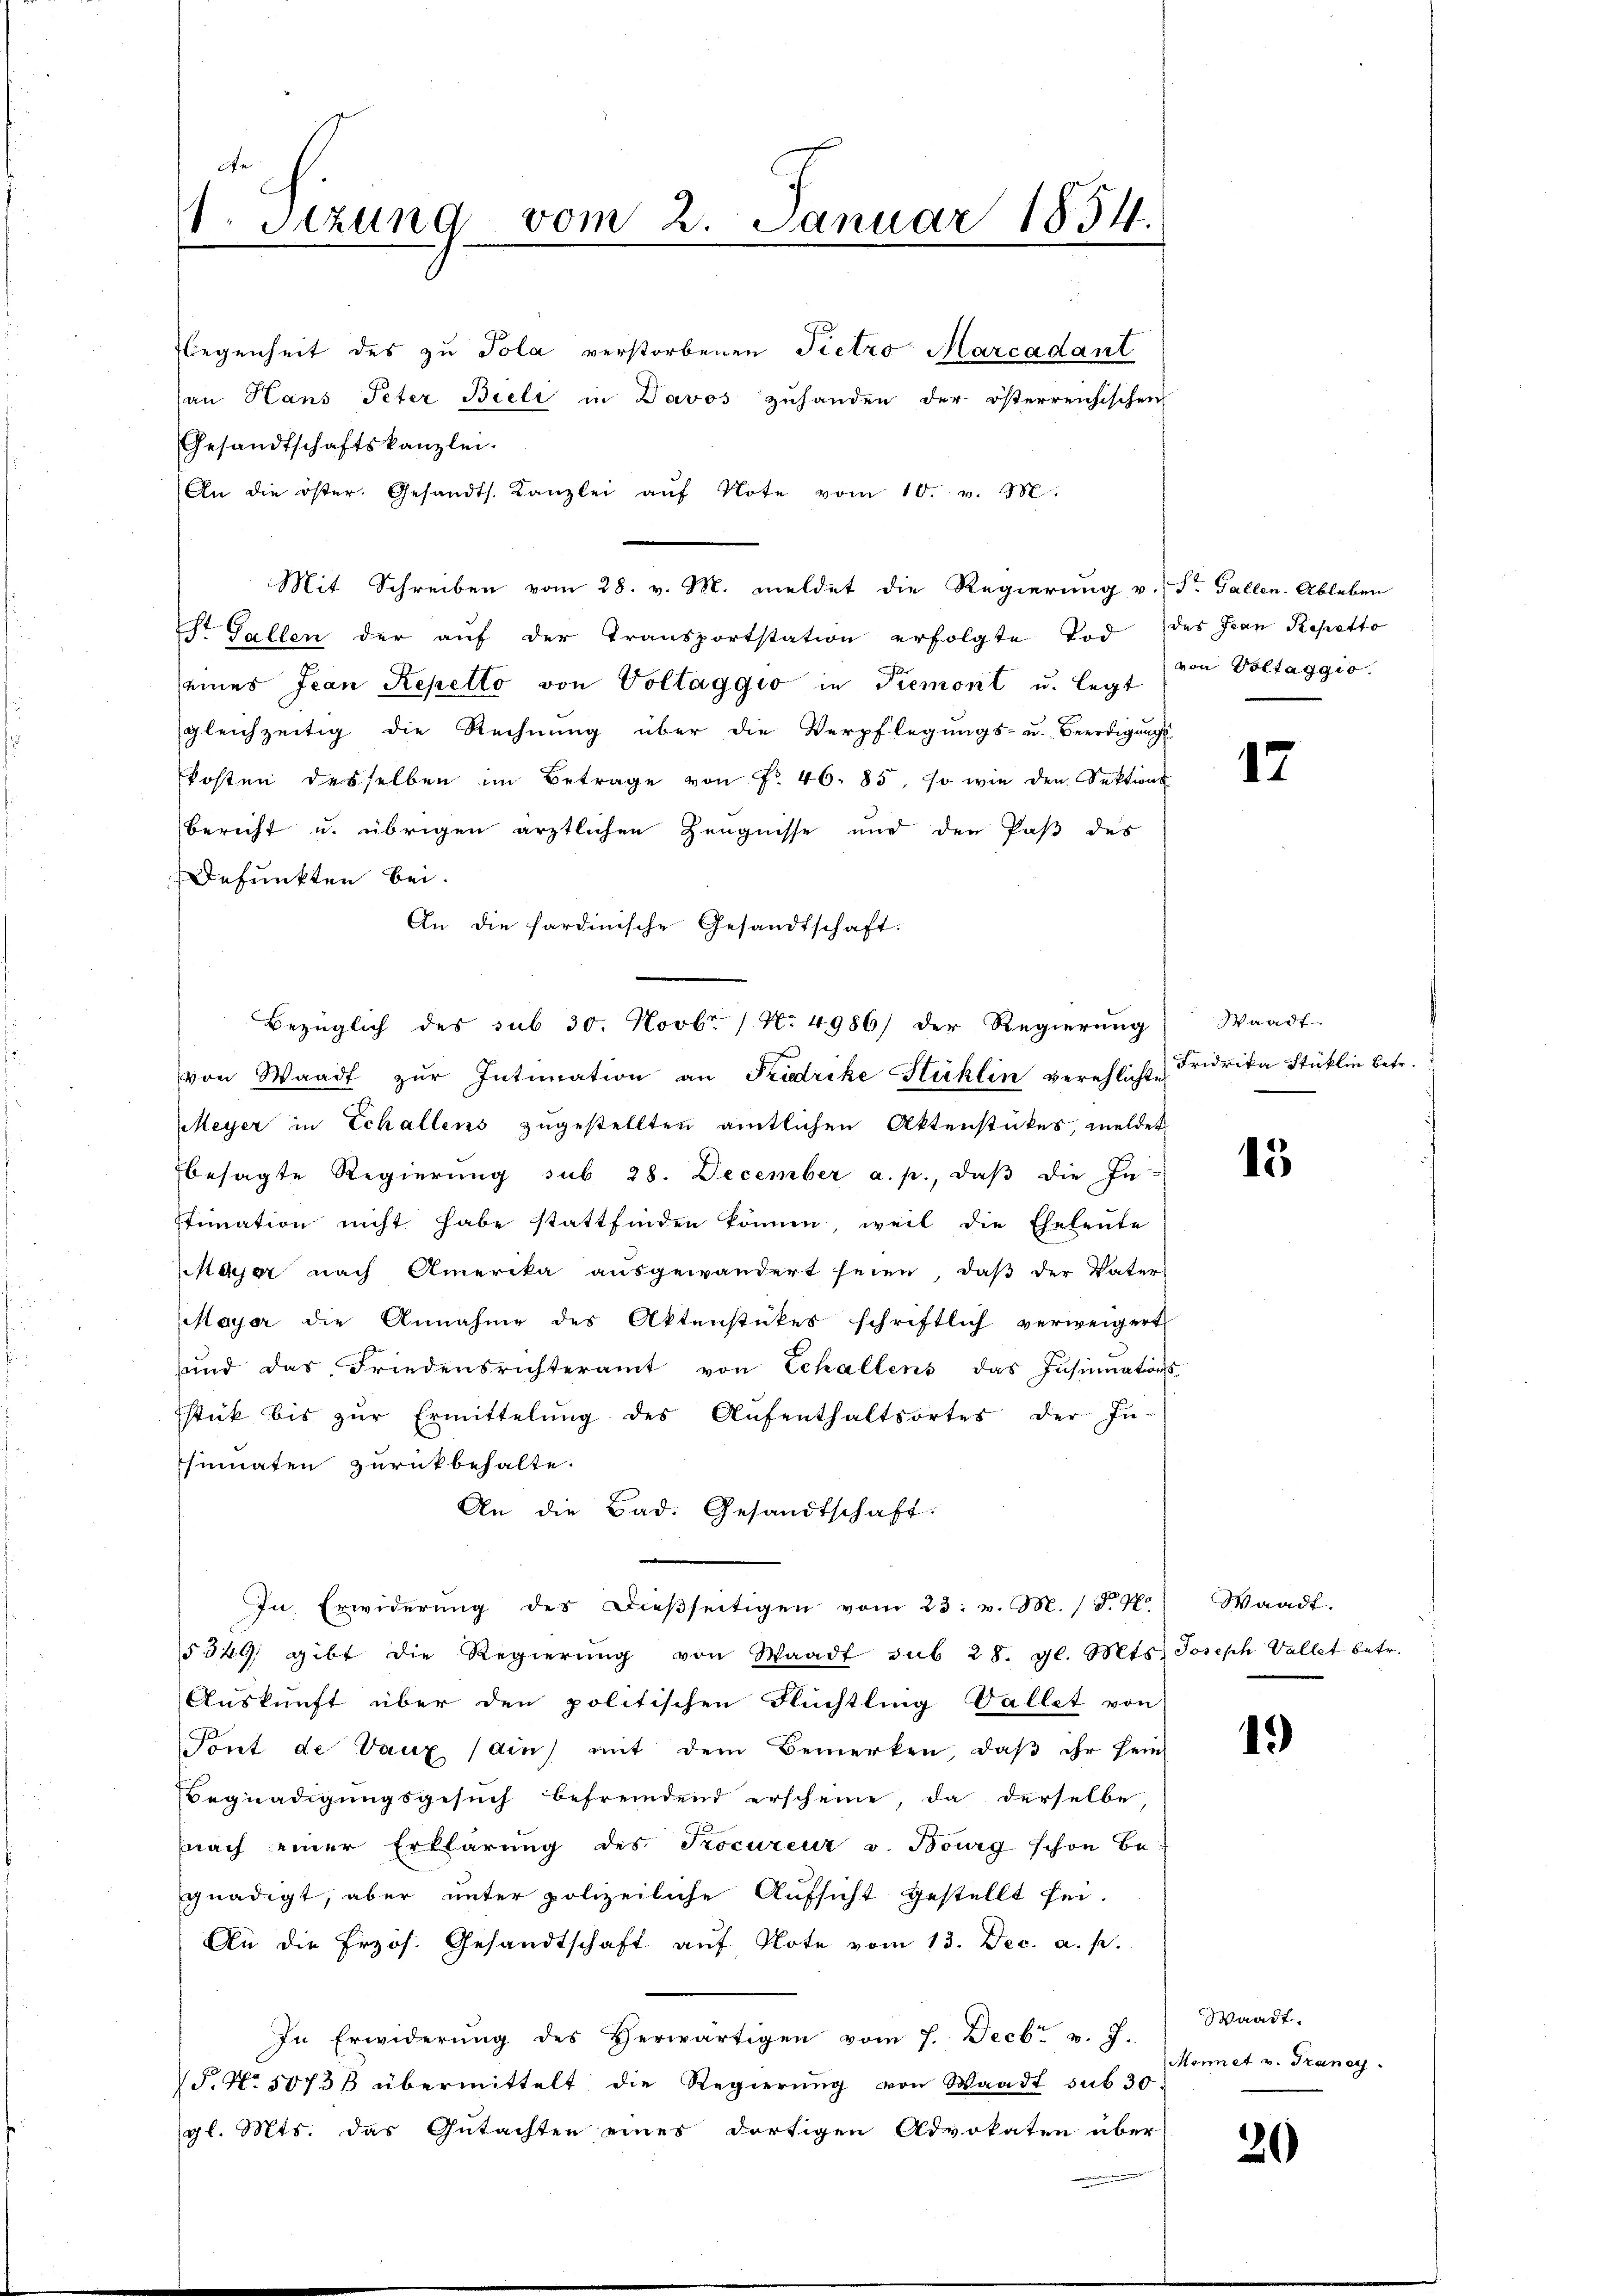
e
1. Setzung vom 2. Januar 1854

An die öster. Gesandts. Kanzlei aŭf Note vom 10. v. M.
Mit Schreiben vom 28. v. M. meldet die Regierung v. St. Gallen. Ableben
St. Gallen der auf der Transportstation erfolgte Tod des Jean Repetto
seines Jean Repetto von Voltaggio in Piemont u. legt
gleichzeitig die Rechnung über die Verpflegungs- u. Beerdigungs-
kosten desselben im Betrage von Fr. 46. 85, so wie den Sektions
bericht u. übrigen ärztlichen Zeugnisse und den Paß des
Defunkten bei.
An die sardinische Gesandtschaft.
Bezüglich des sub 30. Novbr. / No 4986) der Regierung
von Waadt zŭr Intimation an Fridrike Stücklin verehlichte
Meyer in Echallens zugestellten amtlichen Aktenstückes, meldet
besagte Regierung sub 28. December a. p., daß die In-
stimation nicht habe stattfinden können, weil die Eheleute
Maser nach Amerika aŭsgewandert seien, daβ der Vater-
Mayer die Annahme des Aktenstückes schriftlich verweigert
ŭnd das Friedensrichteramt von Schallens das Insinuators
stük bis zŭr Ermittelŭng des Aŭfenthaltsortes der In-
hinnaten zurückbehalte.
An die Bad. Gesandtschaft:
In, Erwiderung des Dießseitigen vom 23. v. M. (§. 70
5549, gibt die Regierŭng von Waadt sub 28. gl. Mts. Joseph Vallet betr.
Auskunft über den politischen Flüchtling Vallet von
Prut de Vaux (din mit dem Bemerken, daβ ihr fein
Begnadigungsgesŭch befremdend erscheine, da derselbe
nach einer Erklärung des Procureur v. Bourg schon be-
gnadigt, aber unter polizeiliche Aufsicht gestellt sei.
An die frzös. Gesandtschaft aŭf Note vom 13. Dec. a. p.
In Erwiderŭng des Herwärtigen vom 7. Decbr. v. J.
F. No. 5073/ übermittelt die Regierung von Waadt sub 30
gl. Mts. das Gutachten eines dortigen Advokaten über

legenheit des zu Tola verstorbenen Pietro Marcadant
an Hans Peter Bieli in Davos zuhanden der österreichischen
Gesandtschaftskanzlei.

von Voltaggio.

17

Waadt.
Fridrika Stüklin betr.

15

Waadt.

1.)

Waadt.
Monnet v. Transy

20